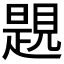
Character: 𧡨